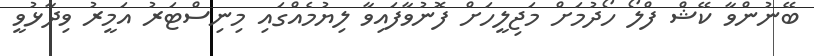
ބޭނުންވާ ކޭޝް ފްލޯ ހޯދުމަށް މަޖިލީހަށް ފޮނުވާފައިވާ ލިޔުމެއްގައި މިނިސްޓަރު އަމީރު ވިދާޅުވީ